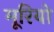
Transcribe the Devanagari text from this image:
मूरियो